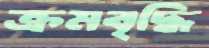
ক্রমবৃদ্ধি